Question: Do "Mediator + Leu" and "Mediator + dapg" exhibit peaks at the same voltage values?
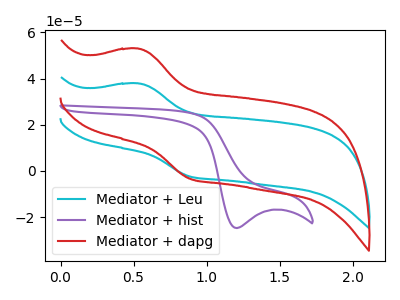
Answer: <think>The cyan curve "Mediator + Leu" has an anodic peak at (0.55V, 37.90uA) and a cathodic peak at (0.90V, -2.45uA). The purple curve "Mediator + hist" has a cathodic peak at: (1.20V, -24.70uA). The red curve "Mediator + dapg" has an anodic peak at (0.55V, 52.95uA) and a cathodic peak at (0.90V, -3.45uA).</think>
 <answer>Yes, "Mediator + Leu" have a peak in "Mediator + dapg" at the same potential.</answer>
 <eval>match</eval>